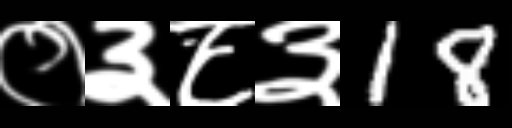
Text: ०३८३18